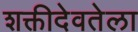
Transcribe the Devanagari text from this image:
शक्तीदेवतेला